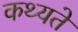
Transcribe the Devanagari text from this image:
कथ्यते